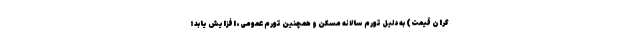
گران قیمت) به دلیل تورم سالانه مسکن و همچنین تورم عمومی، افزایش یابد؛